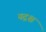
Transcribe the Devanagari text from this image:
यद्रश्च